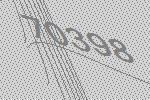
70398